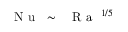
\mathrm { ~ \textit ~ { ~ N ~ u ~ } ~ } \sim \mathrm { ~ \textit ~ { ~ R ~ a ~ } ~ } ^ { 1 / 5 }